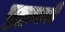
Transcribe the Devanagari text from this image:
बुद्धाकडे